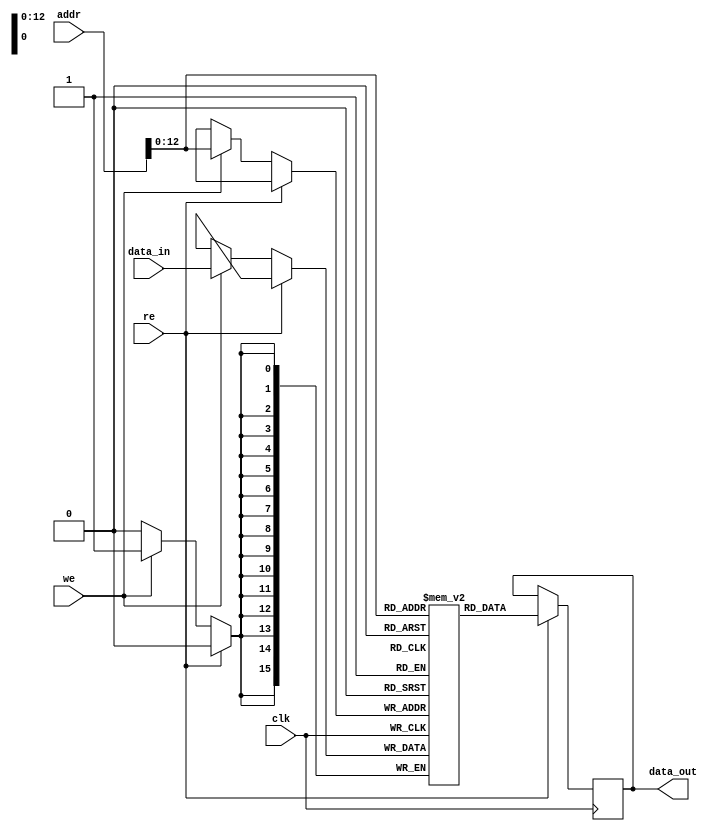
module ram16k(input clk,
	      input [13:0] 	addr,
	      input [15:0] 	data_in,
	      output reg [15:0] data_out,
	      input 		we,
	      input 		re);

   reg [15:0] 			RAM [0:8192-1];

   always @(posedge clk)
     if (re) begin
	data_out <= RAM[addr];
     end else if (we) begin
	RAM[addr] <= data_in;
     end

   
endmodule